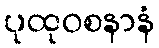
ပုထုဝစနာနံ